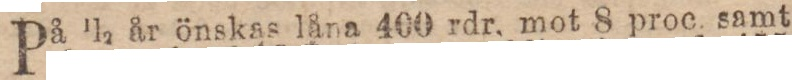
På 1l2 år önskas låna 400 rdr, mot 8 proc samt